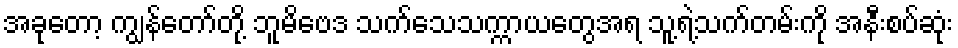
အခုတော့ ကျွန်တော်တို့ ဘူမိဗေဒ သက်သေသက္ကာယတွေအရ သူ့ရဲ့သက်တမ်းကို အနီးစပ်ဆုံး